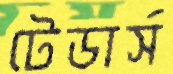
টেডার্স